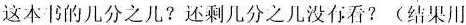
这本书的几分之几?还剩几分之几没有看?(结果用